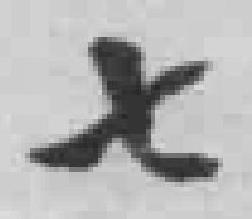
七